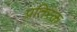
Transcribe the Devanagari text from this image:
प्रतिरक्त